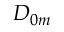
D _ { 0 m }